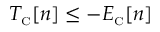
T _ { \scriptscriptstyle \mathrm { C } } [ n ] \leq - E _ { \scriptscriptstyle \mathrm { C } } [ n ]